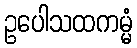
ဥပေါသထကမ္မံ